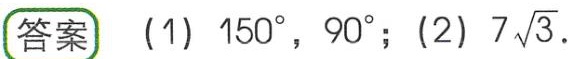
答案 (1) \(150^{\circ}, 90^{\circ}\); (2) \(7\sqrt{3}\).